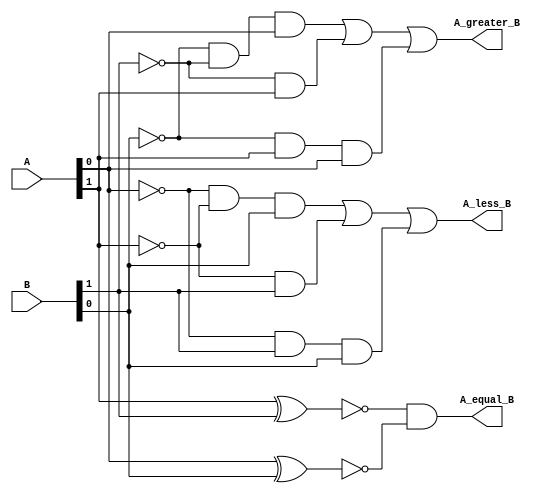
module comparator(input [1:0] A,B, output A_less_B, A_equal_B, A_greater_B);  
   wire w1,w2,w3,w4,w5,w6,w7,w8;  
   // A = B output
assign w1 = (~(A[1]^B[1])); 
assign w2 = (~(A[0]^B[0]));
assign A_equal_B = (w1&w2); 
 // A less than B output   
 assign w3 = (~A[0])& (~A[1])& B[0];  
 assign w4 = (~A[1])& B[1];  
 assign w5 = (~A[0])& B[1]& B[0];  
 assign A_less_B = w3 | w4 | w5;  
 // A greater than B output   
 assign w6 = (~B[0])& (~B[1])& A[0];  
 assign w7 = (~B[1])& A[1];  
 assign w8 = (~B[0])& A[1]& A[0];  
 assign A_greater_B = w6 | w7 | w8;  
 endmodule